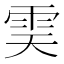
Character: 𩂉